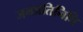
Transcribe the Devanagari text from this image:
जनप्रतिनिघि